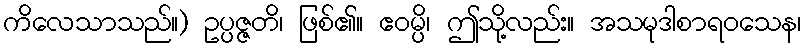
ကိလေသာသည်။) ဥပ္ပဇ္ဇတိ၊ ဖြစ်၏။ ဧဝမ္ပိ၊ ဤသို့လည်း။ အသမုဒါစာရဝသေန၊